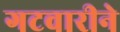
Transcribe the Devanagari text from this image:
गटवारीने